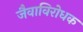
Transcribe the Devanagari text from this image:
जैवाविरोधक